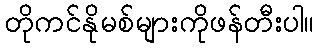
တိုကင်နိုမစ်များကိုဖန်တီးပါ။